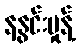
နနွင်းမှုန့်